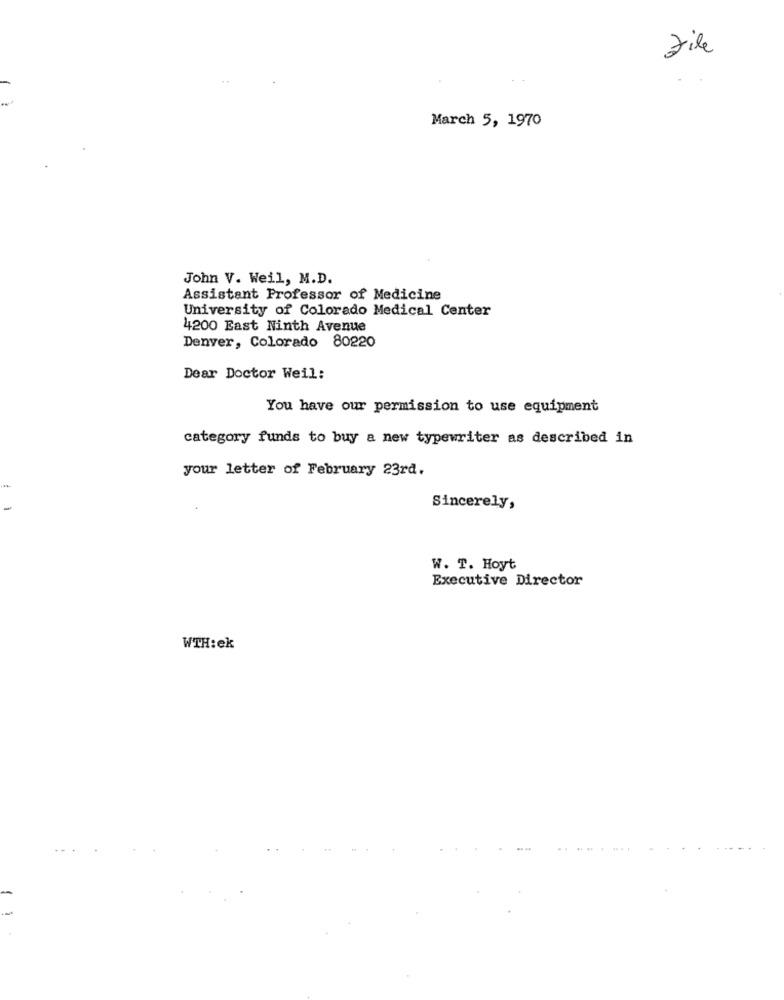
file
March 5, 1970
John V. Weil, M.D.
Assistant Professor of Medicine
University of Colorado Medical Center
4200 East Ninth Avenue
Denver, Colorado 80220
Dear Doctor Weil:
You have our permission to use equipment
category funds to buy a new typewriter as described in
your letter of February 23rd.
Sincerely,
W. T. Hoyt
Executive Director
WTH:ek